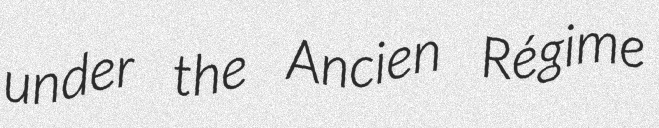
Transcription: under the Ancien Régime